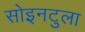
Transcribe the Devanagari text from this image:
सोइनटुला